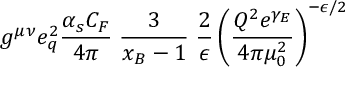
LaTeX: g ^ { \mu \nu } e _ { q } ^ { 2 } { \frac { \alpha _ { s } C _ { F } } { 4 \pi } } \; { \frac { 3 } { x _ { B } - 1 } } \; { \frac { 2 } { \epsilon } } \left( { \frac { Q ^ { 2 } e ^ { \gamma _ { E } } } { 4 \pi \mu _ { 0 } ^ { 2 } } } \right) ^ { - \epsilon / 2 }